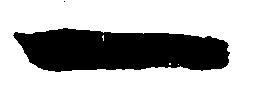
一